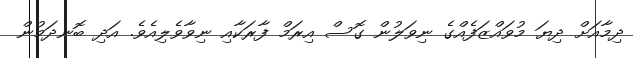
ދިމާއަށް ދިޔަ މުވައްޒަފެއްގެ ނިވަލުން ގޮސް އިރަމް ފާރަކާއި ނިވާވެލިއެވެ. އަދި ބޮނދަމުން